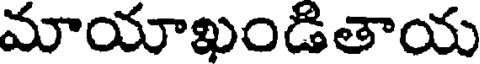
మాయాఖండితాయ